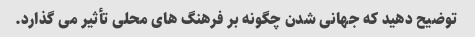
توضیح دهید که جهانی شدن چگونه بر فرهنگ های محلی تأثیر می گذارد.